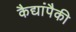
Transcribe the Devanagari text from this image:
कैद्यांपैकी